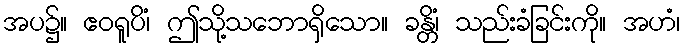
အပ၌။ ဧဝရူပိံ၊ ဤသို့သဘောရှိသော။ ခန္တိံ၊ သည်းခံခြင်းကို။ အဟံ၊